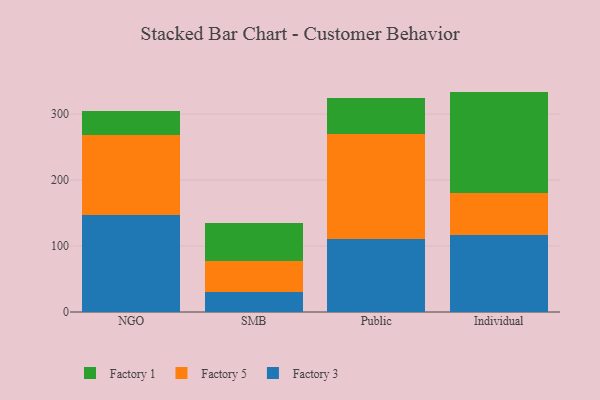
{"axis": {"x": "Segment", "y": "Production Output"}, "legend": ["Factory 1", "Factory 3", "Factory 5"], "data": [{"x": "NGO", "y": 146.8, "type": "Factory 3"}, {"x": "NGO", "y": 122.3, "type": "Factory 5"}, {"x": "NGO", "y": 35.0, "type": "Factory 1"}, {"x": "SMB", "y": 30.6, "type": "Factory 3"}, {"x": "SMB", "y": 46.2, "type": "Factory 5"}, {"x": "SMB", "y": 58.1, "type": "Factory 1"}, {"x": "Public", "y": 111.4, "type": "Factory 3"}, {"x": "Public", "y": 158.1, "type": "Factory 5"}, {"x": "Public", "y": 54.6, "type": "Factory 1"}, {"x": "Individual", "y": 117.1, "type": "Factory 3"}, {"x": "Individual", "y": 63.8, "type": "Factory 5"}, {"x": "Individual", "y": 153.3, "type": "Factory 1"}]}